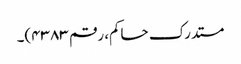
مستدرک حاکم، رقم ۴۳۸۳)۔